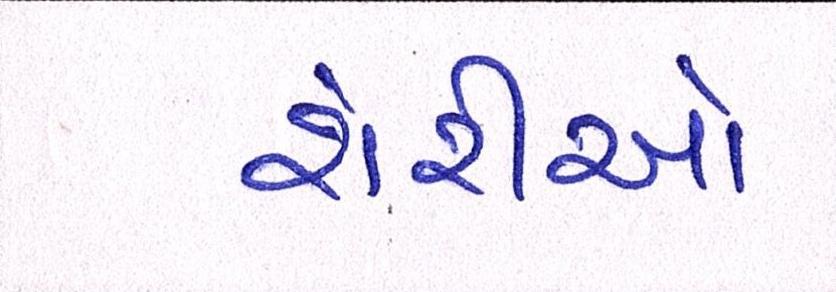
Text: શેરીઓ